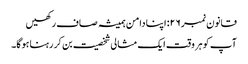
قانون نمبر ۲۶: اپنا دامن ہمیشہ صاف رکھیں
آپ کو ہر وقت ایک مثالی شخصیت بن کر رہنا ہوگا۔